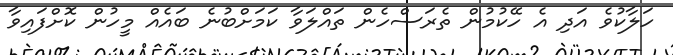
ހަލާކުވެ އަދި އެ ހޭކުމުން ތެރަސްހެން ތައްލަވާ ކަމަށްބުނެ ބައެއް މީހުން ކޮށްފައިވާ